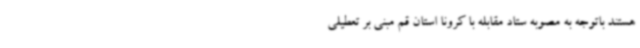
هستند باتوجه به مصوبه ستاد مقابله با کرونا استان قم مبنی بر تعطیلی